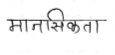
मजकूर: मानसिकता